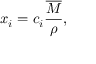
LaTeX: x _ { i } = c _ { i } { \frac { \overline { { M } } } { \rho } } ,